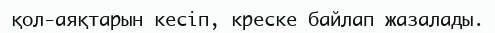
қол-аяқтарын кесіп, креске байлап жазалады.